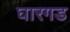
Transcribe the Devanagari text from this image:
घारगड